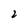
Character: 2